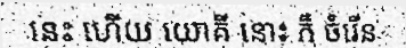
នេះ ហើយ យោគី នោះ ក៏ ចំរើន